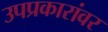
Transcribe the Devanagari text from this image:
उपप्रकारांवर